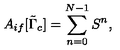
A _ { i f } [ \tilde { \Gamma } _ { c } ] = \sum _ { n = 0 } ^ { N - 1 } S ^ { n } ,